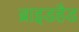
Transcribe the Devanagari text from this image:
ब्राइडहैड